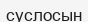
суслосын